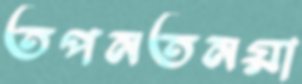
তপনতনয়া